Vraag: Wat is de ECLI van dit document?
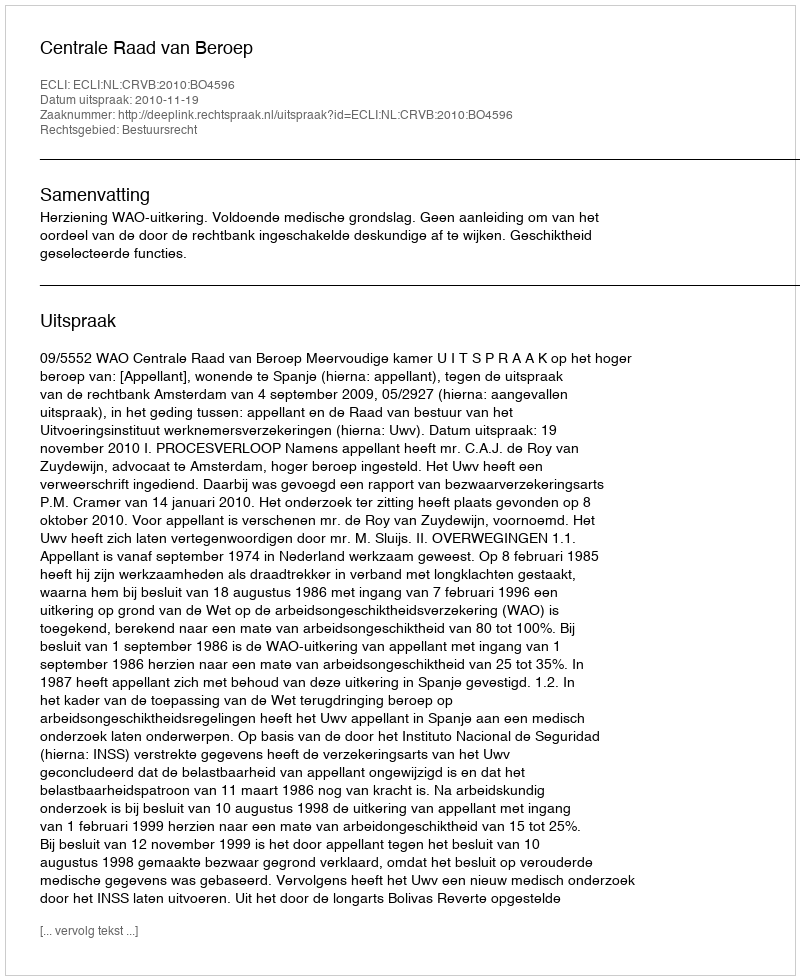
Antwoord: ECLI:NL:CRVB:2010:BO4596